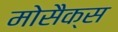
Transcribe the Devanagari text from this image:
मोसैक्स